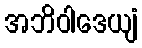
အဘိဝါဒေယျံ